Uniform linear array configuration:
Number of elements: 64
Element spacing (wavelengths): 0.25
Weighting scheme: kaiser
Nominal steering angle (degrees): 60
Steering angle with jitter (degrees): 60.468
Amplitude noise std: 0.05
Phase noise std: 0.05

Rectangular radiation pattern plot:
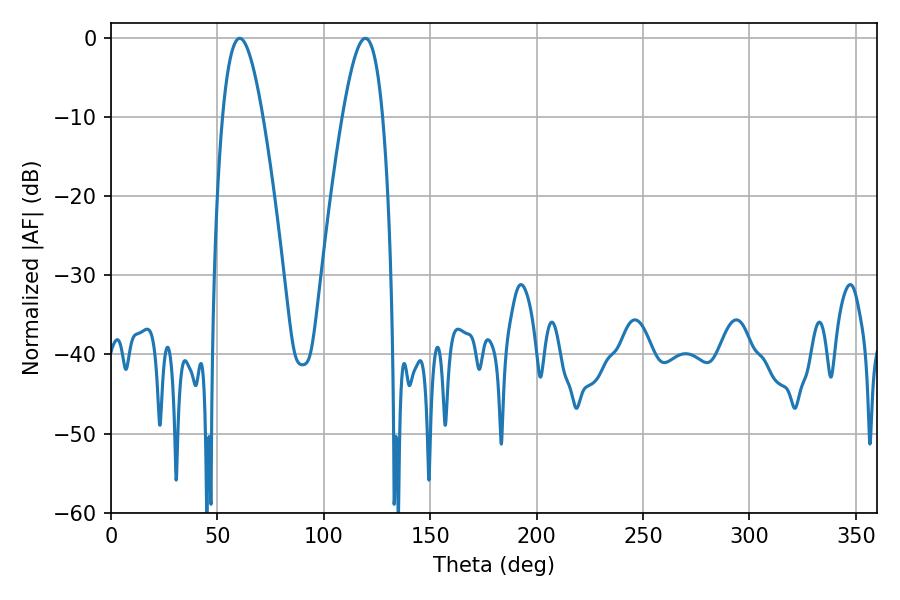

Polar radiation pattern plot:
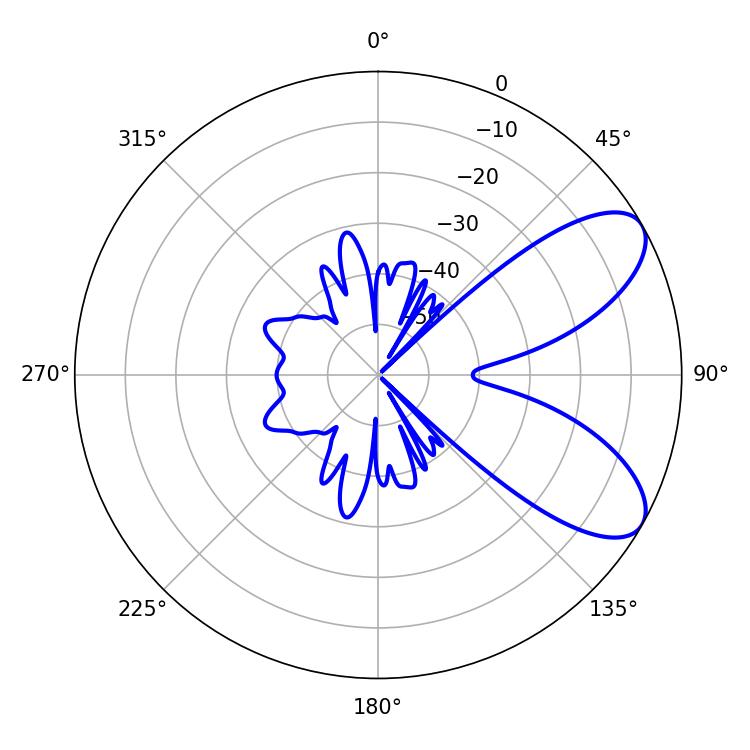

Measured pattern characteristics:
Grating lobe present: FALSE
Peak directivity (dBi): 7.697
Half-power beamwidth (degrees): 10.26
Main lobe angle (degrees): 60.48